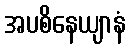
အပစိနေယျာနံ